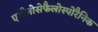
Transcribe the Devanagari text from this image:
एमीनोसेफैलोस्पोरैनिक